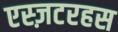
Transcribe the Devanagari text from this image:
एस्ज़टरहस